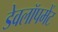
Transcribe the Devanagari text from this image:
डेवलॉपमेंट